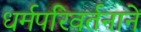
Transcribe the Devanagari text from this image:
धर्मपरिवर्तनाने